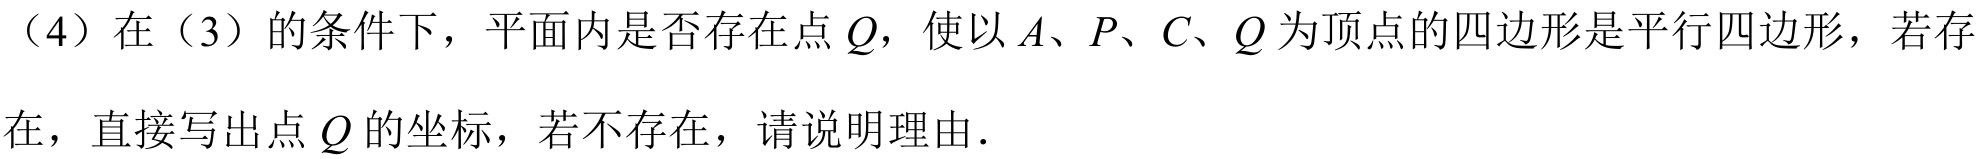
（4）在（3）的条件下，平面内是否存在点\(Q\)，使以\(A、P、C、Q\)为顶点的四边形是平行四边形，若存在，直接写出点\(Q\)的坐标，若不存在，请说明理由.